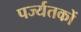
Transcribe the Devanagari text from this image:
पर्ज्यतकों